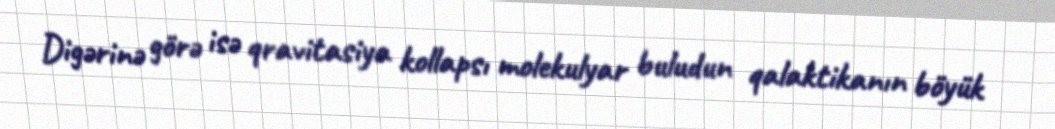
Digərinə görə isə qravitasiya kollapsı molekulyar buludun qalaktikanın böyük